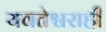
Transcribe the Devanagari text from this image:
यवतेश्वराही